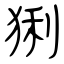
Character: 猁